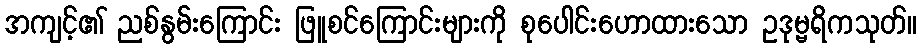
အကျင့်၏ ညစ်နွမ်းကြောင်း ဖြူစင်ကြောင်းများကို စုပေါင်းဟောထားသော ဥဒုမ္ဗရိကသုတ်။